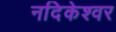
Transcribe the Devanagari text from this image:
नदिकेश्वर